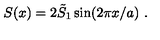
S ( x ) = 2 \tilde { S } _ { 1 } \sin ( 2 \pi x / a ) \ .